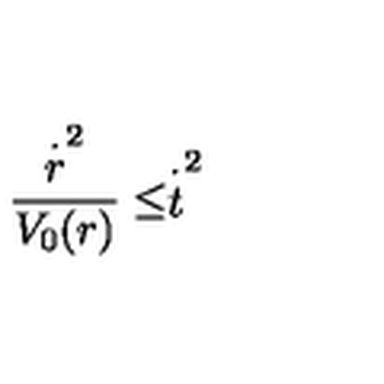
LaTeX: \frac { \stackrel { \cdot } { r } ^ { 2 } } { V _ { 0 } ( r ) } \leq \stackrel { \cdot } { t } ^ { 2 }